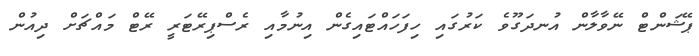
ޕޭޝަންޓް ނޭވާލާން އުނދަގޫވެ ކަރުގައި ހިފަހައްޓައިގެން އިނުމާއި ރެސްޕިރޭޓަރީ ރޭޓް މައްޗަށް ދިއުން